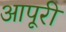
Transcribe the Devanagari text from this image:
आपूरी